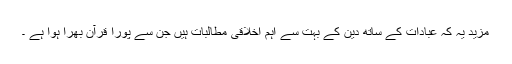
مزید یہ کہ عبادات کے ساتھ دین کے بہت سے اہم اخلاقی مطالبات ہیں جن سے پورا قرآن بھرا ہوا ہے ۔